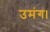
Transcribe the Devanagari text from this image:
उमंग।